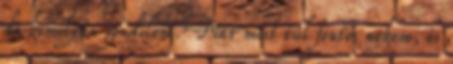
de komolyan gondolom. Már most túl fontos nekem, és